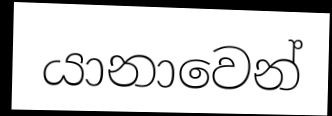
යානාවෙන්